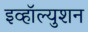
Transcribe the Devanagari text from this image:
इव्हॉल्युशन